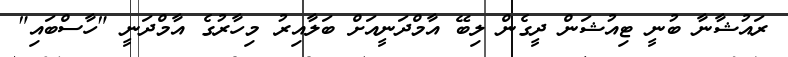
ރައުޝާނާ ބުނީ ޓިއުޝަން ދީގެން ލިބޭ އާމްދަނީއަށް ބަލާއިރު މިހާރުގެ އާމްދަނީ "ހާސްބައި"